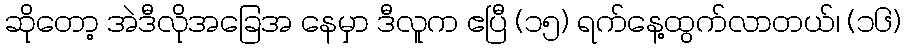
ဆိုတော့ အဲဒီလိုအခြေအ နေမှာ ဒီလူက ဧပြီ (၁၅) ရက်နေ့ထွက်လာတယ်၊ (၁၆)